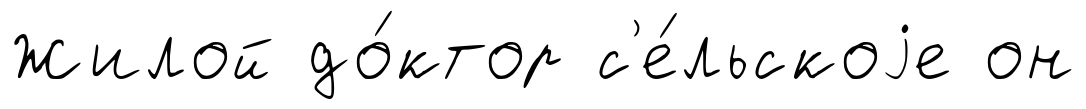
Жилой до́ктор с'е́льскоjе он